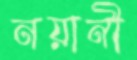
নয়ানী